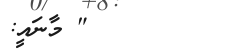
" މާނައީ: